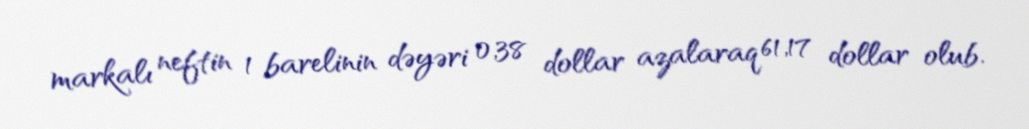
markalı neftin 1 barelinin dəyəri 0,38 dollar azalaraq 61,17 dollar olub.